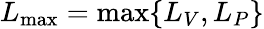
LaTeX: L_{\mathrm{max}}=\operatorname*{max}\lbrace L_{V},L_{P}\rbrace